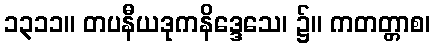
၁၃၁၁။ တပနီယဒုကနိဒ္ဒေသေ၊ ၌။ ကတတ္တာစ၊